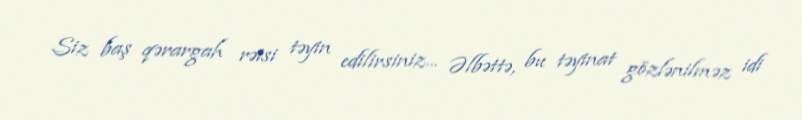
Siz baş qərargah rəisi təyin edilirsiniz... Əlbəttə, bu təyinat gözlənilməz idi